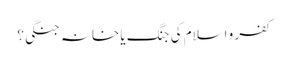
کفر و اسلام کی جنگ یا خانہ جنگی؟